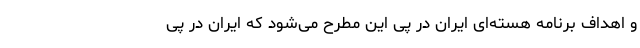
و اهداف برنامه هسته‌ای ایران در پی این مطرح می‌شود که ایران در پی